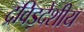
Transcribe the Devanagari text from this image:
द्रविड़देशीय